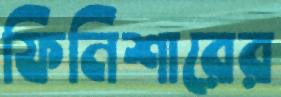
ফিনিশারের